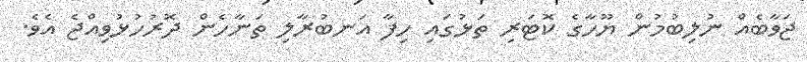
ޖަވާބެއް ނުލިބުމުން ޔޫހާގެ ކޮޓަރި ތަޅުގައި ހިފާ އަނބުރާލި ތަނާހެން ދޮރުހުޅުވިއްޖެ އެވެ.